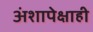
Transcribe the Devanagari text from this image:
अंशापेक्षाही